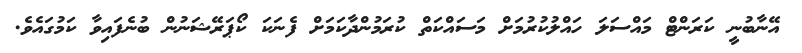
އޭނާބުނީ ކަރަންޓް މައްސަލަ ހައްލުކުރުމަށް މަސައްކަތް ކުރަމުންދާކަމަށް ފެނަކަ ކޯޕަރޭޝަނުން ބުނެފައިވާ ކަމުގައެވެ.